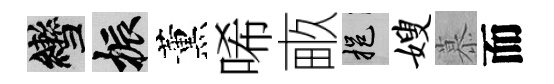
轡振薰唏畞挹嫂慕而